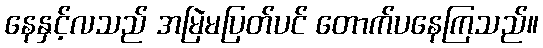
နေနှင့်လသည် အမြဲမပြတ်ပင် တောက်ပနေကြသည်။